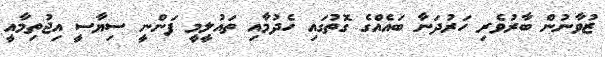
ޒުވާނުން ބާރުވެރި ހަރުދަނާ ބައެއްގެ ގޮތުގައި ހެދުމާއި ތައުލީމީ ފަންނީ ސިޔާސީ އިޖުތިމާއީ